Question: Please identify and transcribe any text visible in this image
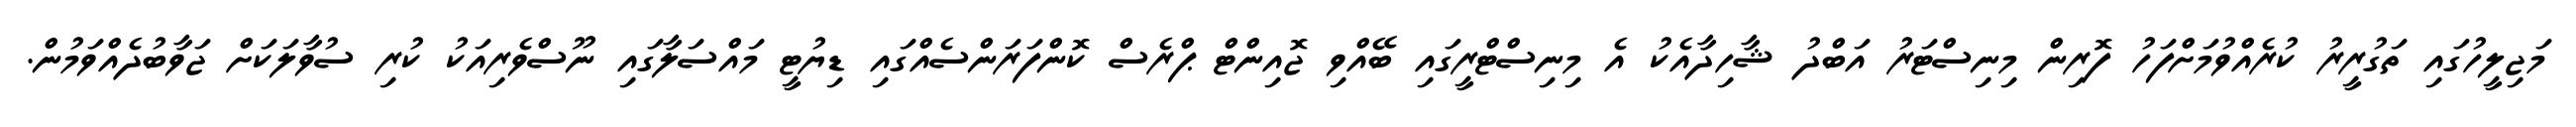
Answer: މަޖިލީހުގައި ތަގުރީރު ކުރެއްވުމަށްފަހު ފޮރިން މިނިސްޓަރު އަބްދު ޝާހިދާއެކު އެ މިނިސްޓްރީގައި ބޭއްވި ޖޮއިންޓް ޕްރެސް ކޮންފަރަންސެއްގައި ޑިޔުޓީ މައްސަލާގައި ނޫސްވެރިއަކު ކުރި ސުވާލަކަށް ޖަވާބުދެއްވަމުން.